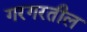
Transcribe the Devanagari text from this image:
गरगरतील